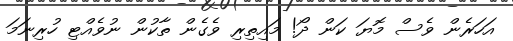
އަހަރެން ވެސް މޮޔަ ކަން ދޯ! މައިތިރި ވެގެން ތާކުން ނުވެއްޓި ހުރިނަމަ